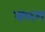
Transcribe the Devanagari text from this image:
क्लग